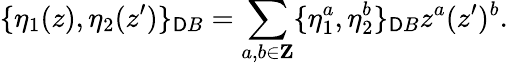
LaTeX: \{ \eta_{1}(z),\eta_{2}(z^{\prime})\} _{\mathsf{D}B}=\sum_{a,b\in{\mathbf{Z}}}\{ \eta_{1}^{a},\eta_{2}^{b}\} _{\mathsf{D}B}z^{a}(z^{\prime})^{b}.